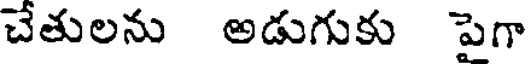
చేతులను అడుగుకు పైగా